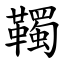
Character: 䪅